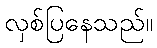
လှစ်ပြနေသည်။